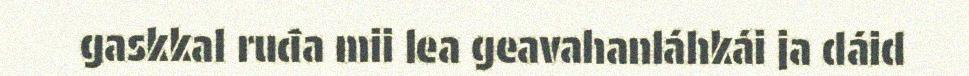
gaskkal ruđa mii lea geavahanláhkái ja dáid